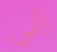
رأيي